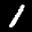
Label: 1